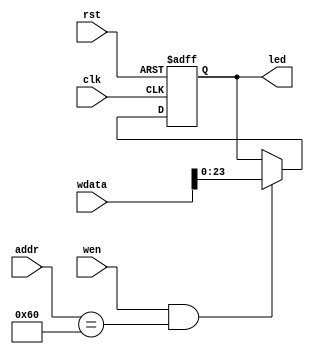
`timescale 1ns/1ps

module interface_led (
    input wire rst,
    input wire clk,
    input wire [11:0] addr,
    input wire wen,
    input wire [31:0] wdata,
    output reg [23:0] led
);

always @(posedge clk or posedge rst) begin
    if (rst)
        led <= 24'b0;
    else if (wen && addr == 12'h060)
        led <= wdata[23:0];
    else
        led <= led;
end

endmodule